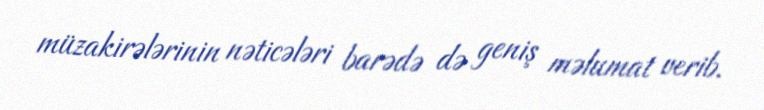
müzakirələrinin nəticələri barədə də geniş məlumat verib.